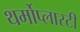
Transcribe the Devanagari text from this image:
थर्मोप्लास्टी